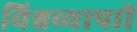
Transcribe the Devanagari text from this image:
विश्वव्यापाी